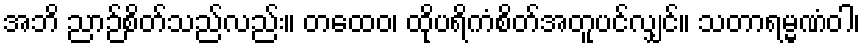
အဘိ ညာဉ်စိတ်သည်လည်း။ တထေဝ၊ ထိုပရိကံစိတ်အတူပင်လျှင်။ သတာရမ္မဏံဝါ၊